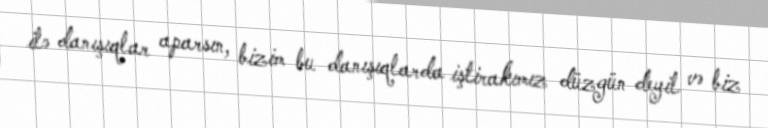
ilə danışıqlar aparsın, bizim bu danışıqlarda iştirakımız düzgün deyil və biz